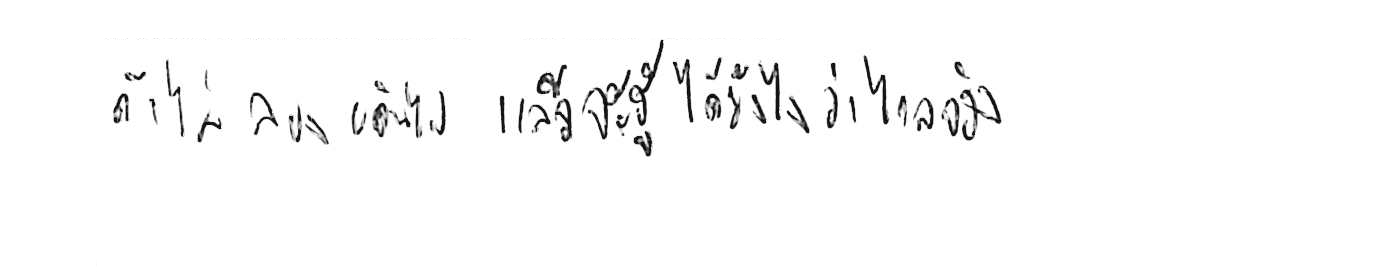
ถ้าไม่ลองเดินไป แล้วจะรู้ได้ยังไงว่าไกลจริง